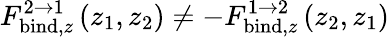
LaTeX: F_{\mathrm{bind},z}^{2\rightarrow 1}\left(z_{1},z_{2}\right)\neq-F_{\mathrm{bind},z}^{1\rightarrow 2}\left(z_{2},z_{1}\right)